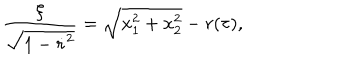
LaTeX: \frac { \xi } { \sqrt { 1 - \dot { r } ^ { 2 } } } = \sqrt { x _ { 1 } ^ { 2 } + x _ { 2 } ^ { 2 } } - r ( \tau ) ,